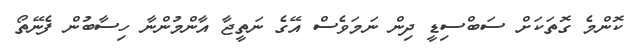
ކޮންމެ ގޮތަކަށް ސަބްސިޑީ ދިން ނަމަވެސް އޭގެ ނަތީޖާ އާންމުންނާ ހިސާބުން ފެނޭތޯ